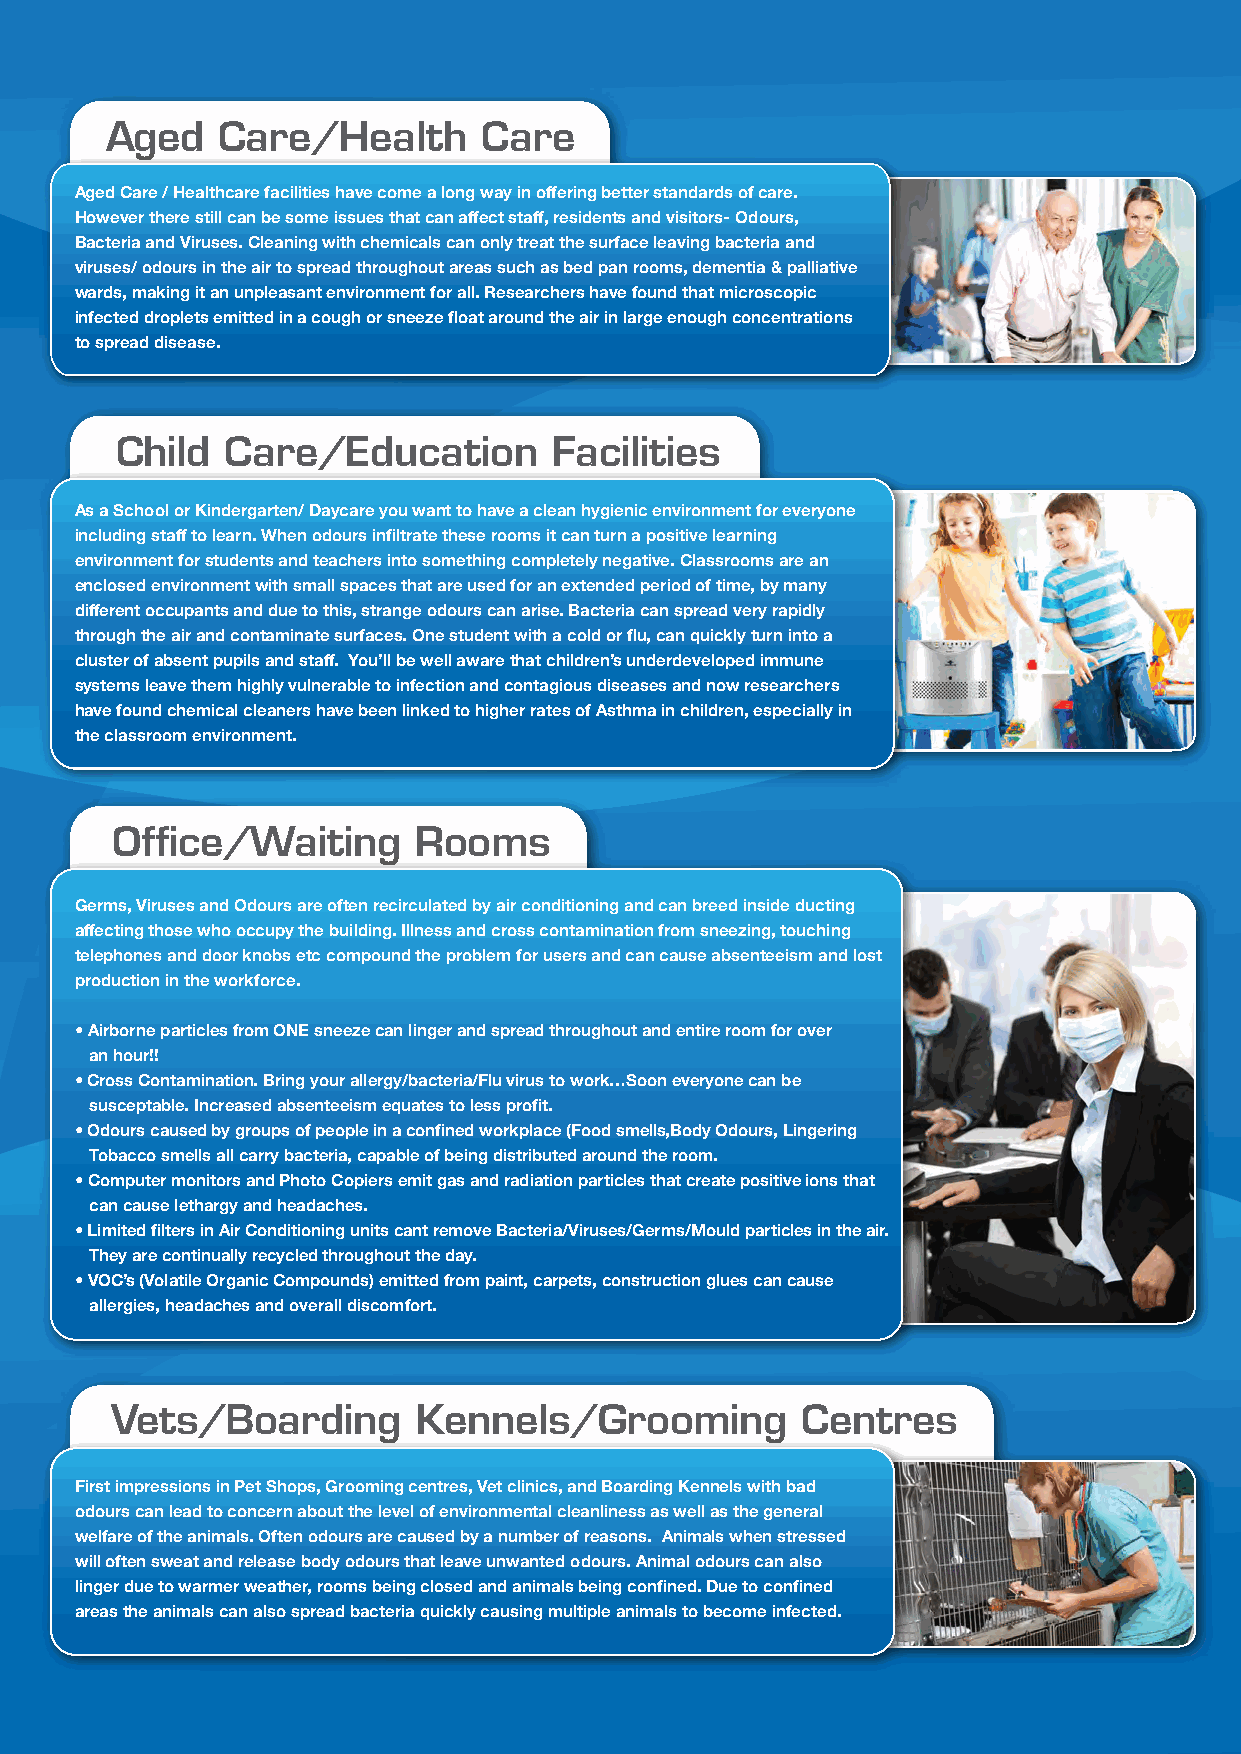
Aged   Care/Health       Care
 Aged Care / Healthcare facilities have come a long way in offering better standards of care.
 However there still can be some issues that can affect staff, residents and visitors- Odours,
 Bacteria and Viruses. Cleaning with chemicals can only treat the surface leaving bacteria and
 viruses/ odours in the air to spread throughout areas such as bed pan rooms, dementia & palliative
 wards, making it an unpleasant environment for all. Researchers have found that microscopic
 infected droplets emitted in a cough or sneeze float around the air in large enough concentrations
 to spread disease.
 Child  Care/Education        Facilities
 As a School or Kindergarten/ Daycare you want to have a clean hygienic environment for everyone
 including staff to learn. When odours infiltrate these rooms it can turn a positive learning
 environment for students and teachers into something completely negative. Classrooms are an
 enclosed environment with small spaces that are used for an extended period of time, by many
 different occupants and due to this, strange odours can arise. Bacteria can spread very rapidly
 through the air and contaminate surfaces. One student with a cold or flu, can quickly turn into a
 cluster of absent pupils and staff. You’ll be well aware that children’s underdeveloped immune
 systems leave them highly vulnerable to infection and contagious diseases and now researchers
 have found chemical cleaners have been linked to higher rates of Asthma in children, especially in
 the classroom environment.
 Office/Waiting      Rooms
 Germs, Viruses and Odours are often recirculated by air conditioning and can breed inside ducting
 affecting those who occupy the building. Illness and cross contamination from sneezing, touching
 telephones and door knobs etc compound the problem for users and can cause absenteeism and lost
 production in the workforce.
 • Airborne particles from ONE sneeze can linger and spread throughout and entire room for over
 an hour!!
 • Cross Contamination. Bring your allergy/bacteria/Flu virus to work…Soon everyone can be
 susceptable. Increased absenteeism equates to less profit.
 • Odours caused by groups of people in a confined workplace (Food smells,Body Odours, Lingering
 Tobacco smells all carry bacteria, capable of being distributed around the room.
 • Computer monitors and Photo Copiers emit gas and radiation particles that create positive ions that
 can cause lethargy and headaches.
 • Limited filters in Air Conditioning units cant remove Bacteria/Viruses/Germs/Mould particles in the air.
 They are continually recycled throughout the day.
 • VOC’s (Volatile Organic Compounds) emitted from paint, carpets, construction glues can cause
 allergies, headaches and overall discomfort.
 Vets/Boarding        Kennels/Grooming         Centres
 First impressions in Pet Shops, Grooming centres, Vet clinics, and Boarding Kennels with bad
 odours can lead to concern about the level of environmental cleanliness as well as the general
 welfare of the animals. Often odours are caused by a number of reasons. Animals when stressed
 will often sweat and release body odours that leave unwanted odours. Animal odours can also
 linger due to warmer weather, rooms being closed and animals being confined. Due to confined
 areas the animals can also spread bacteria quickly causing multiple animals to become infected.